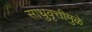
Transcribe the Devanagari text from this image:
साधुवृत्तीमुळे